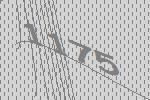
1175